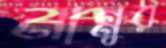
নান্নুর